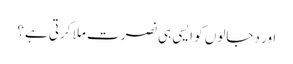
اور دجالوں کو ایسی ہی نصرت ملا کرتی ہے؟